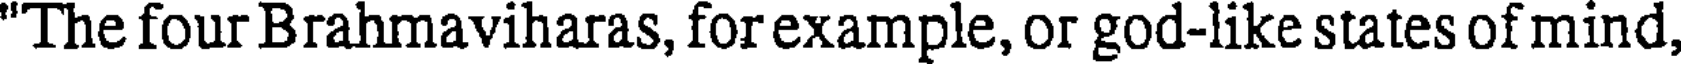
"The four Brahmaviharas, for example, or god-like states of mind,